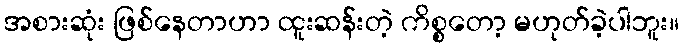
အစားဆုံး ဖြစ်နေတာဟာ ထူးဆန်းတဲ့ ကိစ္စတော့ မဟုတ်ခဲ့ပါဘူး။